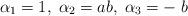
LaTeX: \begin{align*}\alpha_{1} = 1, \;\alpha_{2} = ab, \; \alpha_{3} = - \;b\end{align*}